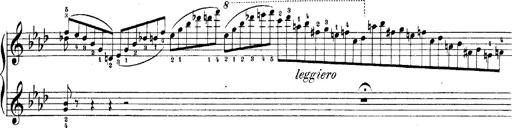
Title: LiebestrÃ¤ume
Composer: Franz Behr
Key: E-flat major